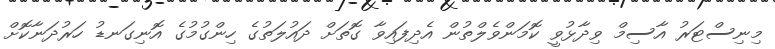
މިނިސްޓަރު އާސިމް ވިދާޅުވީ ކޮމަންވެލްތުން އެދިފައިވާ ގޮތަށް ދައުލަތުގެ ހިންގުމުގެ އޮނިގަނޑު ހަރުދަނާކޮށް